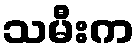
သမီးက